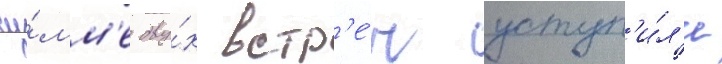
су́мм'е дву́х встр'е́ч уступ'и́л'и